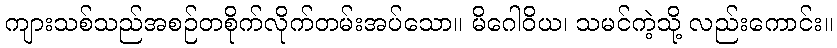
ကျားသစ်သည်အစဉ်တစိုက်လိုက်တမ်းအပ်သော။ မိဂေါဝိယ၊ သမင်ကဲ့သို့ လည်းကောင်း။